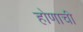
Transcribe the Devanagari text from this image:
होणाची